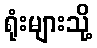
ရုံးများသို့